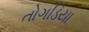
તોગડિયા